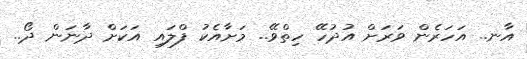
އާނ.. އަހަރެން ވަރަށް އުދުހޭ ހިތްވޭ.. މަށާއެކު ފްލައި އަކަށް ދާނަން ދޯ..